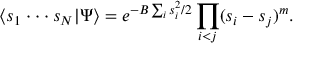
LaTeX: \langle s _ { 1 } \cdot \cdot \cdot s _ { N } | \Psi \rangle = e ^ { - B \sum _ { i } s _ { i } ^ { 2 } / 2 } \prod _ { i < j } ( s _ { i } - s _ { j } ) ^ { m } .